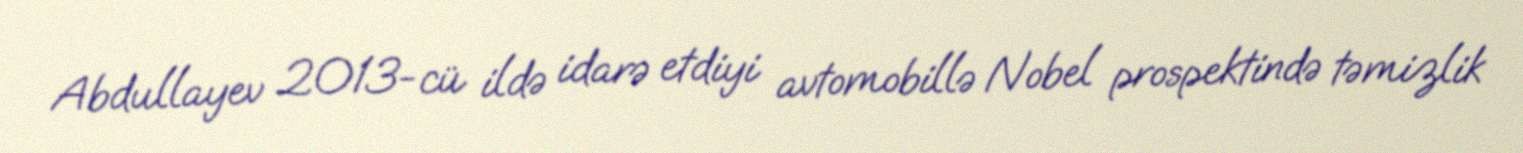
Abdullayev 2013-cü ildə idarə etdiyi avtomobillə Nobel prospektində təmizlik